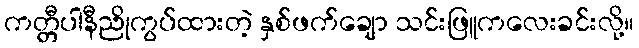
ကတ္တီပါနီညိုကွပ်ထားတဲ့ နှစ်ဖက်ချော သင်းဖြူကလေးခင်းလို့။